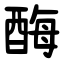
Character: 酶